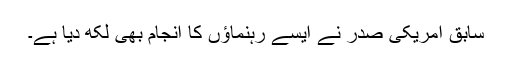
سابق امریکی صدر نے ایسے رہنماؤں کا انجام بھی لکھ دیا ہے۔